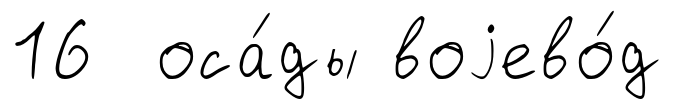
16 оса́ды воjево́д